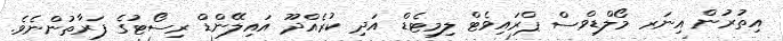
އިތުރުން އިނަރ މޯލްޑިވްސް ޕްރައިވެޓް ލިމިޓެޑް އަދި ކުރެއްދޫ އައިލޭންޑް ރިސޯޓުގެ ފަރާތުންނެވެ.